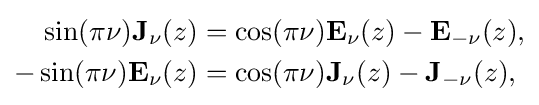
{\begin{aligned}\sin(\pi \nu )\mathbf {J} _{\nu }(z)&=\cos(\pi \nu )\mathbf {E} _{\nu }(z)-\mathbf {E} _{-\nu }(z),\\-\sin(\pi \nu )\mathbf {E} _{\nu }(z)&=\cos(\pi \nu )\mathbf {J} _{\nu }(z)-\mathbf {J} _{-\nu }(z),\end{aligned}}